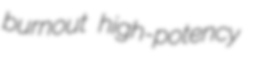
burnout high-potency